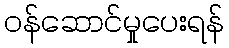
ဝန်ဆောင်မှုပေးရန်